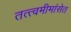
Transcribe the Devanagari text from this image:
तत्त्वमीमांसेत